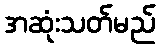
အဆုံးသတ်မည်